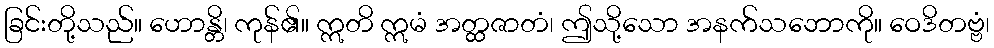
ခြင်းတို့သည်။ ဟောန္တိ၊ ကုန်၏။ ဣတိ ဣမံ အတ္ထဇာတံ၊ ဤသို့သော အနက်သဘောကို။ ဝေဒိတဗ္ဗံ၊